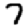
Digit: 7